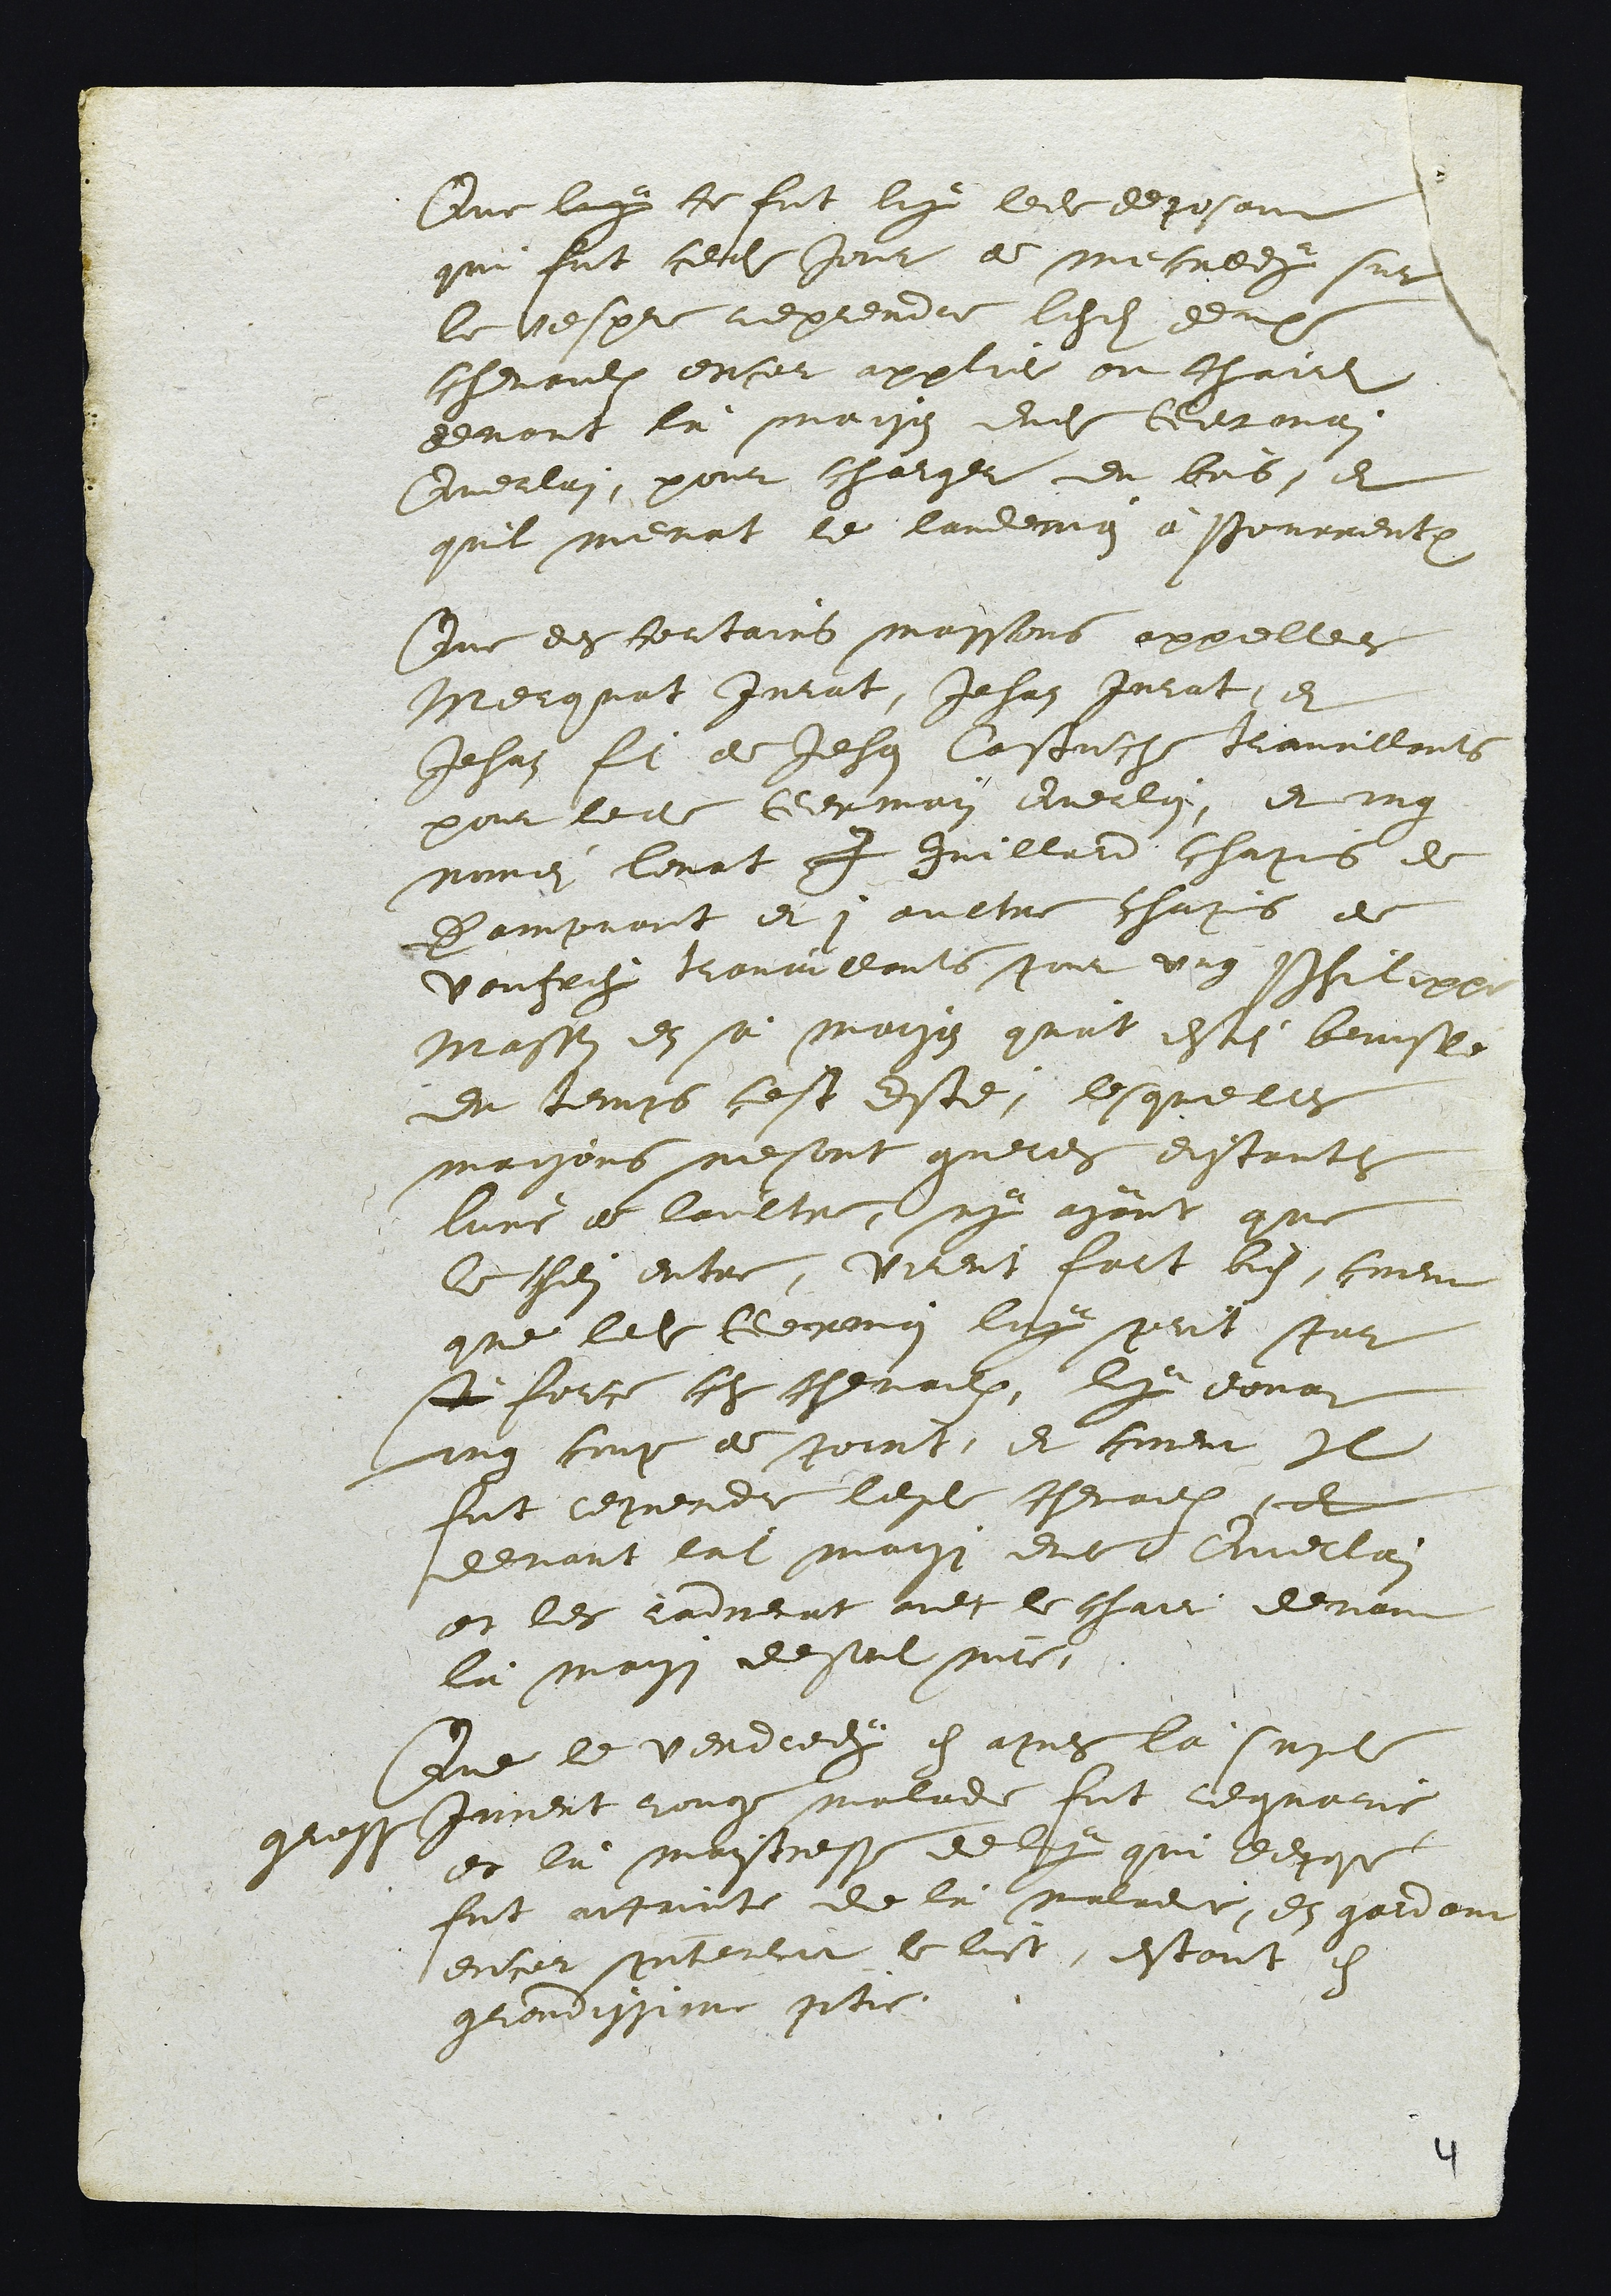
Que luy ce fut luy ledit deposant
qui fut cedit Jour de mecredy sur
le vespre reprendre lesdits deux
chevaulx encor applie au chaire
devant là maison dudit Germain
Querlain, pour charger du bois, et
quil menat le landemin à Pourrentruy
Que des certains massons appellees
Merquat Jurat, Jehan Jurat, et
Jehan fils de Jehan Caustuche travaillants
pour ledit Germain Querlain, et ung
nommei Levat J Juillard chapuis de
Dampvant et 1 aultre chapuis de
Vaufrey travaillants pour ung Philippe
Masson en sa maison qu'at estei brusle
du temps cest este; lesquelles
maisons nesont gueres distantes
l'une de laultre, ny ayant que
le chemin entre, virent fort bien, coment
que ledit Germain luy prit par
sà force ces chevaulx, luy donat
ung coup de point, et coment Il
fut reprendr lesdits chevaulx, et
devant ladite maison dudit Querlain
et les radmenat avec le chair devant
là maison desondit maitre.
Que le vendredy en apres là susdite
grosse Jument rouge malade fut reguarie
et là maistresse de luy qui depose
fut atteinte de là maladie, en gardant
encor presentement le lict, estant en
grandissime pitie

4